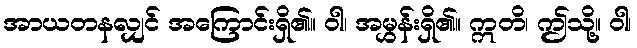
အာယတနလျှင် အကြောင်းရှိ၏။ ဝါ၊ အမွှန်းရှိ၏။ ဣတိ၊ ဤသို့။ ဝါ၊